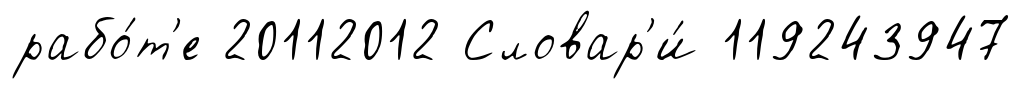
рабо́т'е 20112012 Словар'и́ 119243947